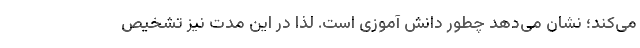
می‌کند؛ نشان می‌دهد چطور دانش آموزی است. لذا در این مدت نیز تشخیص